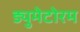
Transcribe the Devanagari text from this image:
ड्युमेटोरम